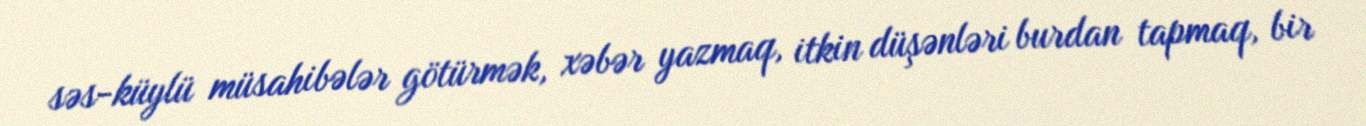
səs-küylü müsahibələr götürmək, xəbər yazmaq, itkin düşənləri burdan tapmaq, bir